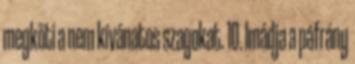
megköti a nem kívánatos szagokat. 10. Imádja a páfrány